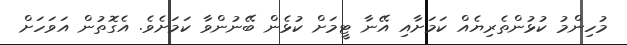
މުހިންމު ކުޅުންތެރިޔެއް ކަމަށާއި އޭނާ ޓީމަށް ކުޅެން ބޭނުންވާ ކަމަށެވެ. އެގޮތުން އަވަހަށް